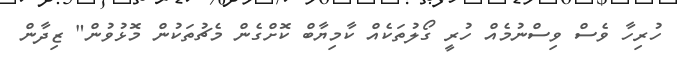
ހުރިހާ ވެސް ވިސްނުމެއް ހުރީ ގޯލުތަކެއް ކާމިޔާބް ކޮށްގެން މެޗުތަކުން މޮޅުވުން" ޒިދާން